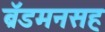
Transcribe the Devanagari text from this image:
ब्रॅडमनसह